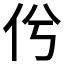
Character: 𠆵